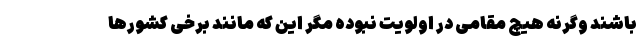
باشند وگرنه هیچ مقامی در اولویت نبوده مگر این که مانند برخی کشورها